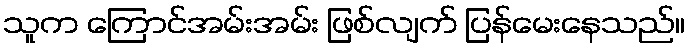
သူက ကြောင်အမ်းအမ်း ဖြစ်လျက် ပြန်မေးနေသည်။